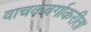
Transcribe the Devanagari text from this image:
वाचकवर्गाकरीता